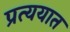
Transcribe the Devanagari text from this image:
प्रत्ययात